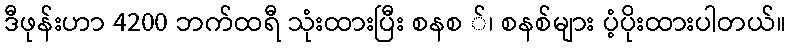
ဒီဖုန်းဟာ 4200 ဘက်ထရီ သုံးထားပြီး စနစ ်၊ စနစ်များ ပံ့ပိုးထားပါတယ်။